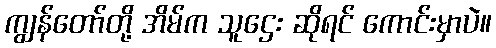
ကျွန်တော်တို့ အိမ်က သူဌေး ဆိုရင် ကောင်းမှာပဲ။